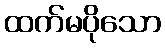
ထက်မပိုသော